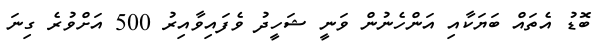
ބޮޑު އެތައް ބަޔަކާއި އަންހެނުން ވަނީ ޝަހީދު ވެފައިވާއިރު 500 އަށްވުރެ ގިނަ